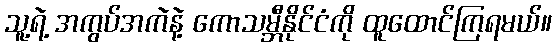
သူ့ရဲ့ အကွပ်အကဲနဲ့ ကောသမ္ဘီနိုင်ငံကို ထူထောင်ကြရမယ်။